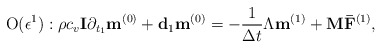
\begin{align*}{\rm O}(\epsilon ^1):\rho c_v {\bf{I}} \partial_ {t_1}{{{\bf{ m}}}}^{(0)}+{\bf{d}}_{1}{{{\bf{ m}}}}^{(0)}=-\frac{1}{\Delta t} {\Lambda}{{{\bf{ m}}}} ^{(1)} + {{{\bf{ M}}}}{{{\bf{ \bar F}}}}^{(1)}, \end{align*}